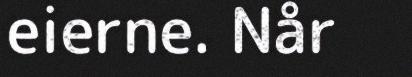
eierne. Når